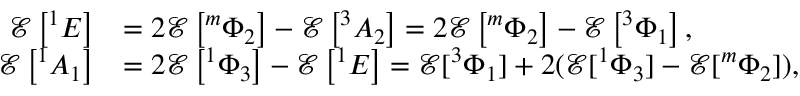
\begin{array} { r l } { \mathcal { E } \left[ ^ { 1 } E \right] } & { = 2 \mathcal { E } \left[ ^ { m } \Phi _ { 2 } \right] - \mathcal { E } \left[ ^ { 3 } A _ { 2 } \right] = 2 \mathcal { E } \left[ ^ { m } \Phi _ { 2 } \right] - \mathcal { E } \left[ ^ { 3 } \Phi _ { 1 } \right] , } \\ { \mathcal { E } \left[ ^ { 1 } A _ { 1 } \right] } & { = 2 \mathcal { E } \left[ ^ { 1 } \Phi _ { 3 } \right] - \mathcal { E } \left[ ^ { 1 } E \right] = \mathcal { E } [ ^ { 3 } \Phi _ { 1 } ] + 2 ( \mathcal { E } [ ^ { 1 } \Phi _ { 3 } ] - \mathcal { E } [ ^ { m } \Phi _ { 2 } ] ) , } \end{array}